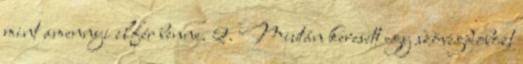
mint amennyi elfér benne. 2. Miután keresett egy szövegdobozt